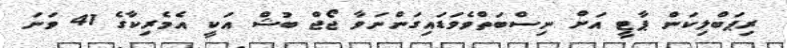
ރިޕަބްލިކަން ޕާޓީ އަށް ނިސްބަތްވެވަޑައިގަންނަވާ ޖޯޖް ބުޝް އަކީ އެމެރިކާގެ 41 ވަނަ